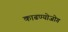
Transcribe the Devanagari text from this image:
काढण्योजोग